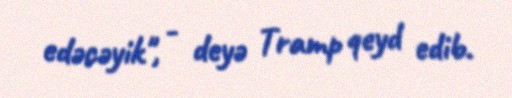
edəcəyik", - deyə Tramp qeyd edib.